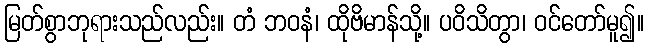
မြတ်စွာဘုရားသည်လည်း။ တံ ဘဝနံ၊ ထိုဗိမာန်သို့။ ပဝိသိတွာ၊ ဝင်တော်မူ၍။